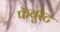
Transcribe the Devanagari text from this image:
फॅवुरेट